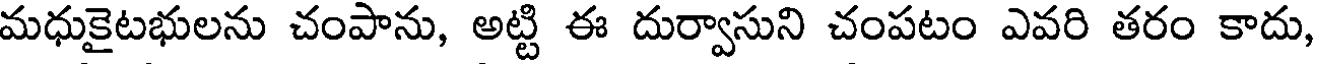
మధుకైటభులను చంపాను, అట్టి ఈ దుర్వాసుని చంపటం ఎవరి తరం కాదు,